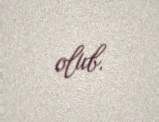
olub.